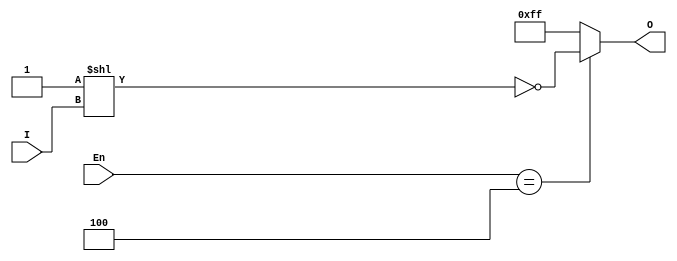
module x74138(
    En,
    I,
    O
);
  input wire [2:0] En;  //
  input wire [2:0] I;   //
  output wire [7:0] O;  //

  assign O = (En == 3'b100) ? ~(8'b0000_0001 << I) : ~(8'b0000_0000);
  //74HC1381002^I1
endmodule